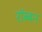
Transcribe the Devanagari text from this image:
रॉब्‍बन